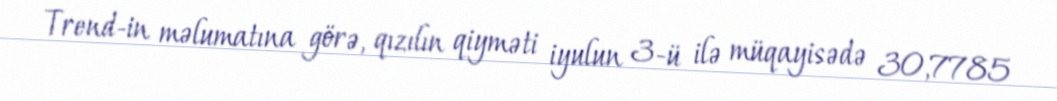
Trend-in məlumatına görə, qızılın qiyməti iyulun 3-ü ilə müqayisədə 30,7785